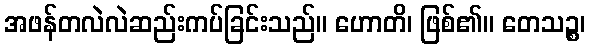
အဖန်တလဲလဲဆည်းကပ်ခြင်းသည်။ ဟောတိ၊ ဖြစ်၏။ တေသဉ္စ၊